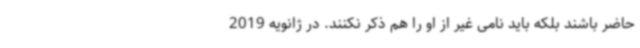
حاضر باشند بلکه باید نامی غیر از او را هم ذکر نکنند. در ژانویه 2019